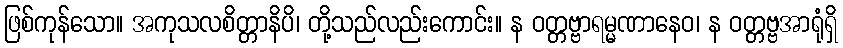
ဖြစ်ကုန်သော။ အကုသလစိတ္တာနိပိ၊ တို့သည်လည်းကောင်း။ န ဝတ္တဗ္ဗာရမ္မဏာနေဝ၊ န ဝတ္တဗ္ဗအာရုံရှိ